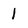
Character: 1